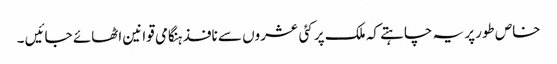
خاص طورپر یہ چاہتے کہ ملک پر کئی عشروں سے نافذ ہنگامی قوانین اٹھائے جائیں ۔